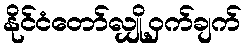
နိုင်ငံတော်လျှို့ဝှက်ချက်